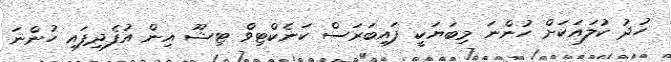
ހުދު ކުލައަކަށް ހުންނަ މިބަޔަކީ ފައިބަރަސް ކަނެކްޓިވް ޓިޝޫ އިން އުފެދިފައި ހުންނަ